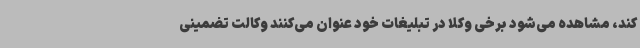
کند، مشاهده می‌شود برخی وکلا در تبلیغات خود عنوان می‌کنند وکالت تضمینی